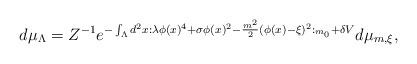
\begin{align*}d\mu _{\Lambda }=Z^{-1}e^{-\int_{\Lambda }d^{2}x:\lambda \phi (x)^{4}+\sigma\phi (x)^{2}-\frac{m^{2}}{2}(\phi (x)-\xi )^{2}:_{m_{0}}+\delta V}d\mu_{m,\xi },\end{align*}